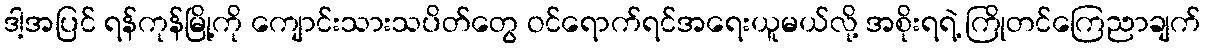
ဒါ့အပြင် ရန်ကုန်မြို့ကို ကျောင်းသားသပိတ်တွေ ဝင်ရောက်ရင်အရေးယူမယ်လို့ အစိုးရရဲ့ ကြိုတင်ကြေညာချက်